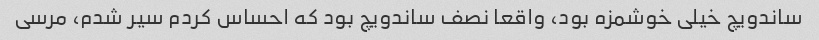
ساندویچ خیلی خوشمزه بود، واقعا نصف ساندویچ بود که احساس کردم سیر شدم، مرسی